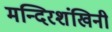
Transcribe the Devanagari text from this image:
मन्दिरशंखिनी